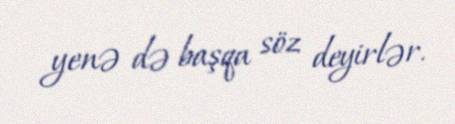
yenə də başqa söz deyirlər.